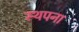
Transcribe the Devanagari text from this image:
स्‍थपना